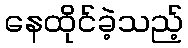
နေထိုင်ခဲ့သည့်